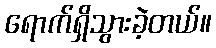
ရောက်ရှိသွားခဲ့တယ်။